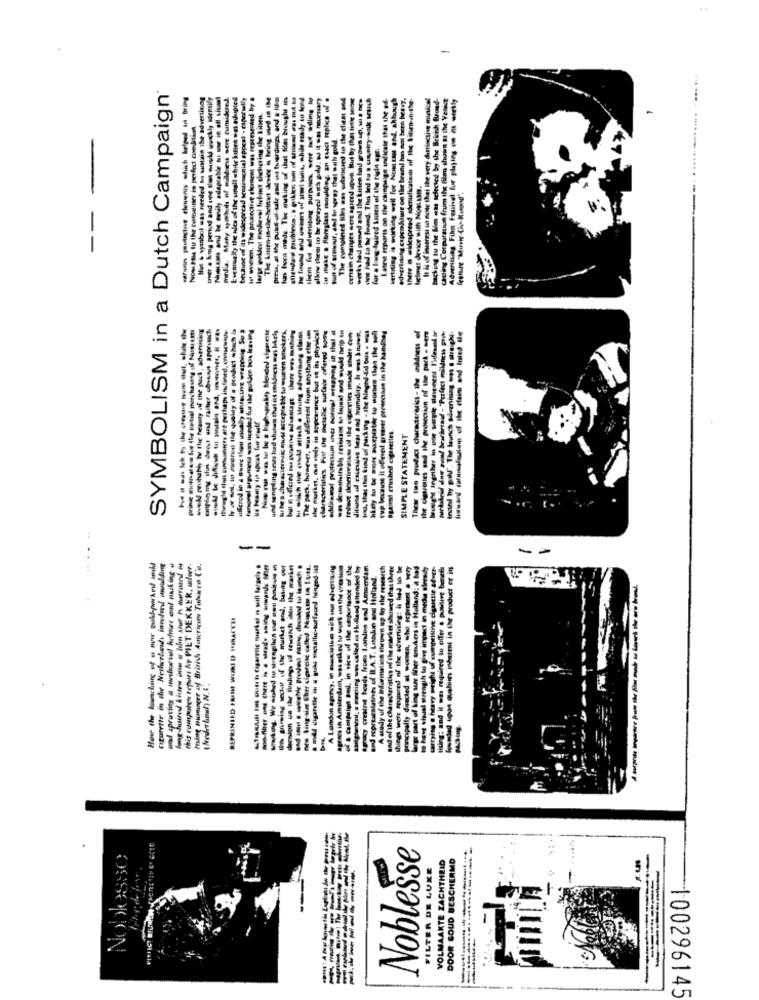
SYMBOLISM in a Dutch Campaign
Hut & syanbol was needed ha sustain the advertising
Nuausses and be only sdagcable tu owe in off sisal
meda. Many wymbuchs of milden sere tuttidued
Evemoalty the ales of the small while kinen ont askuples
because of its widespread sentinacnial appeal - ripetully
In wien, The protective elurent was represented by a
hg haagned and woners of steel suis, while ready to townd
them for advertising purposes one tax willing to
show them to be sprayel anth gold: so it -as necessary
make . fibreglass moulding, an caact replica of .
tersin changes mere agreed upon. But by the tinte seine
werks ted posed and the kitten bad grows sp, se s De
one had to the funand. The ted to a country-node waich
Latest reports on the campaign indicate that the off-
vertising is working well for Nomtue and, ahbough
od-erling expenditure on the brand Jun sos been heavy.
there is widespread identification of the Einen-in-the-
It is of interest so nosc that the very denincsive musical
backing to the fim ans Ichecsed by the Bricht Bleund-
Chating Corparation frum the film shumn at the Venice
Advertising Film Festival for playing on is weekly
-in -f -t - brought
Nousthe tu the conseiller in perfect cektin.
tunt of armour, and to noway that wolh gold.
for a long-tuired Sea of the fold age.
telinet device with Nossam.
feature "Murir-Chp-Ruend".
----- ----
will pruhuti, he the heaumy of the pack, advertising
ullerod in & Buwc the usual, atractive wrapping. So a
turioral argument was ticeded fur the golden boa leaving
t. wus different feum anything else om
characteristics Pit the metallic surface offered some
addinganat protection incr mormal winaping in that it
hLety tu be more acceptable to womes than the soft
cup because it offered greier protection in the handbag
the cigarettes sad the prosection of the pack - Mert
brought Ingriher in one simple asement l'ufosil ir
uM sending sesas bad shown that ist mildress was likely
hes characterrsi must acceptable tu wumen tanokers,
was kesimitakh reshusm so liquid and sundd help to
reduce desetisraison of the cigarettes made under con-
ditions al cacessive teas and humidity. It est known,
These two prudacı characteristics - the mildness of
ogaimt crushed cigarettes.
SIMPLE STATEMENT
The pack. hu
--
--
citurette in the Netherlands indul wouldang
this computen teport Ar PIET DEKKER, sofrer
there is a steady saing surwands Mier
Taking. We sished to sereagilica out ont positets in
Ih Shining secher off the market and, basing our
mel digatelle in a gule secsathic-surfaund hinged-dia
agents in Amsterdam, wasetked to work on the cres tide
of a campaign and, in view of the spurtance of the
pracy creare heads from 1.non and Amserdam
A study of the information thrown up by the research
sad of the characteristics of the mickel showed that three
hiegy were required of the advertising: às hed to be
principally directed al women, who sepresent a very
large part of king sune Sier snukers in Holland: a bad
to have thual strength to give impact in medhe already
carrying a heavy weight of competitive cigarette adver-
tising: and it was required to offer . positive benef
unded upon ovaliin inherent in the product or its
and representatives of B.A.T. Loadun and Holland.
REPRINTED PRAM WIRI DO HMARETI
called
Noblesse
Noblesse
VOLMAAKTE ZACHTHEID
DOOR GOUD BESCHERMD
FILTER DE LUXE
100296145